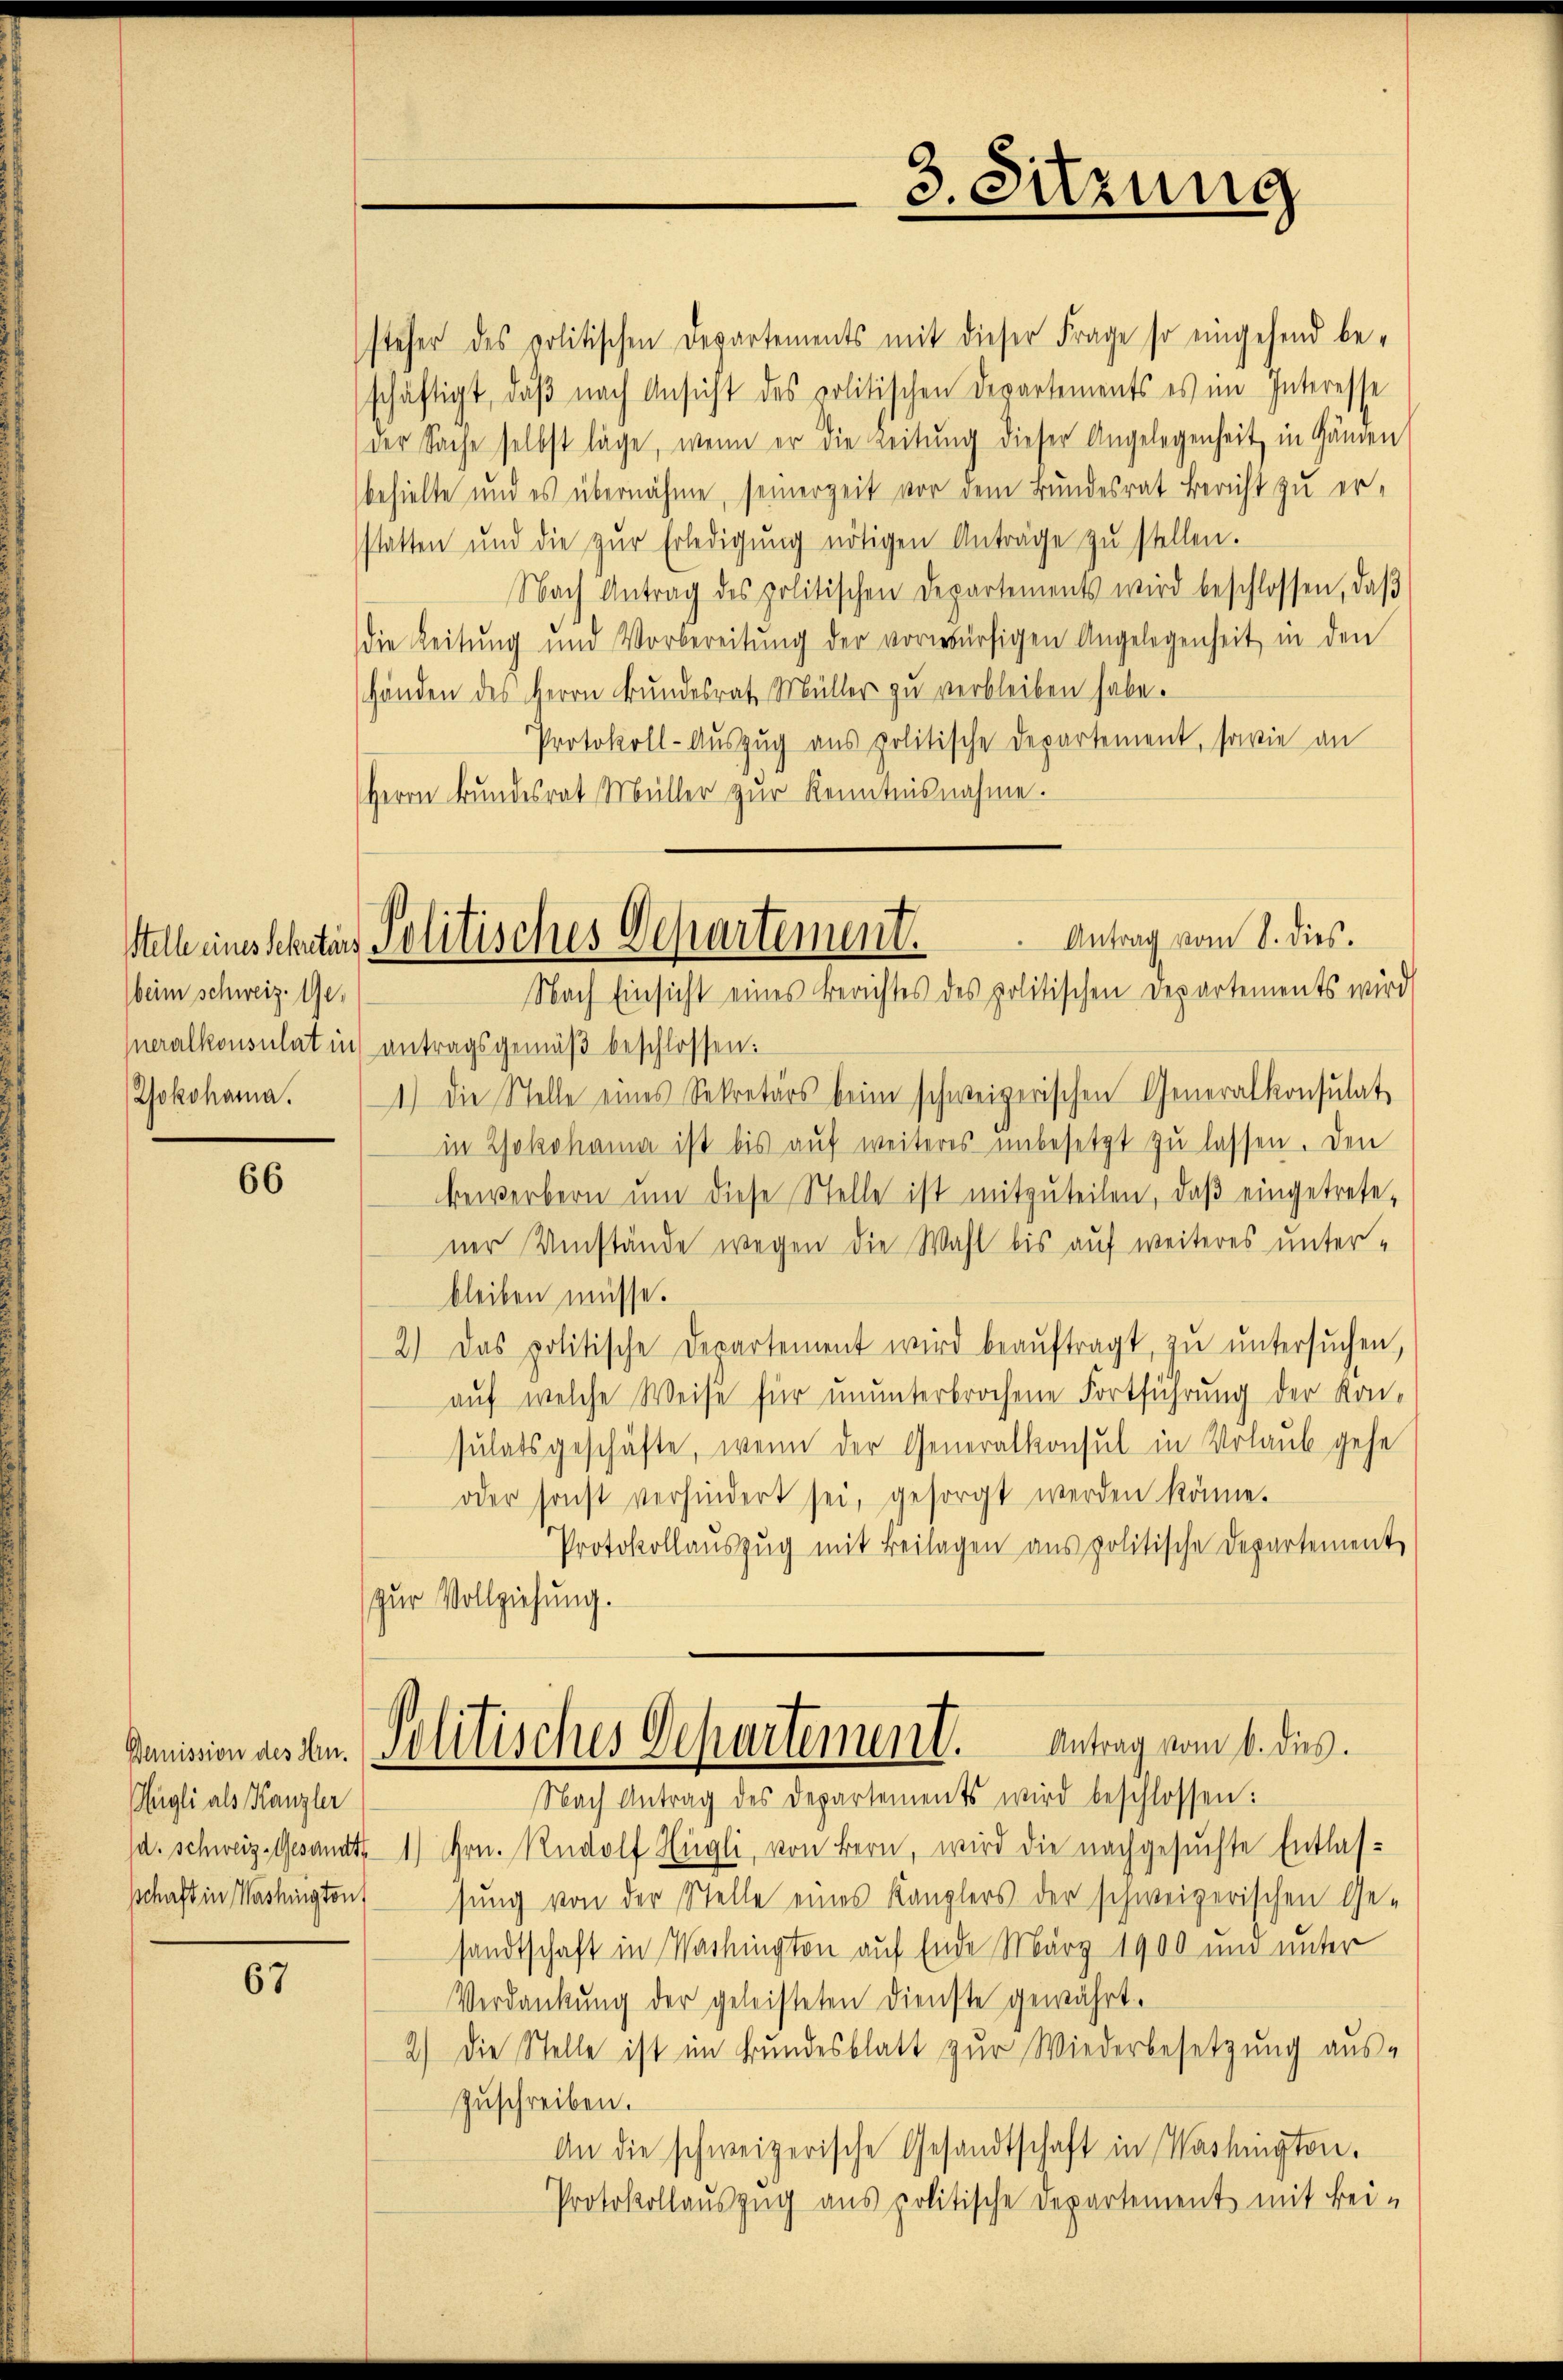
3. Sitzung

steher des politischen Departements mit dieser Frage so eingehend be-
schäftigt, daß nach Ansicht des politischen Departements es im Interesse
der Sache selbst läge, wenn er die Leitŭng dieser Angelegenheit in Gänden
behielte und es übernähme, seinerzeit vor dem Bundesrat Bericht zu erstatten und die zŭr Erledigŭng nötigen Anträge zŭ stellen.
Nach Antrag des politischen Departements wird beschlossen, daβ
die Leitŭng und Vorbereitŭng der vorwürfigen Angelegenheit in den
Händen des Herrn Bundesrat Müller zu verbleiben habe.
Protokoll-Auszug aus politische Departement, sowie an
Herrn Bŭndesrat Müller zŭr Kenntnisnahme.
meralkonsulat in antragsgemäß beschlossen:
1.) Die Stelle eines Sekretärs beim schweizerischen Generalkonsulat
in Yokohama ist bis aŭf weiteres unbesetzt zŭ lassen. Den
bewerbern ŭm diese Stelle ist mitzŭteilen, daβ eingetrefe-
ner Umstände wegen die Wahl bis auf weiteres unterbleiben müsse.
2.) Das politische Departement wird beaŭftragt, zŭ ŭntersŭchen,
auf welche Weise für ununterbrochene Fortführung der Kon-
sulatsgeschäfte, wenn der Generalkonsul in Urlaub gehe
oder sonst verhindert sei, gesorgt werden könne.
Protokollaŭszŭg mit Beilagen aus politische Departement
(zur Vollziehung.
kanision dessen. Politisches Departement. Antrag vom 6. dies
Nach Antrag des Departements wird beschlossen:
d. Schweiz. Gesandts 1) Hrn. Rudolf Higli, von Bern, wird die nachgesuchte Entlasschaft in Washington sung von der Stelle eines Kanzlers der schweizerischen Ge-
sandtschaft in Wachington auf Ende März 1900 und unter
Verdankŭng der geleisteten Dienste gewährt.
2.) Die Stelle ist im Bundesblatt zur Wiederbesetzung aus-
Zuschreiben.
An die schweizerische Gesandtschaft in Washington.
Protokollauszug aus politische Departement mit Bei-

Antrag vom 8. dies.
Stelle eines schites Politisches Departement.
Nach Einsicht eines Berichtes des politischen Departements wird

beim schweiz. 10.
Jokohama.

66

ügli als Kanzler

67